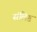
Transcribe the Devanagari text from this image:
संलिष्ट